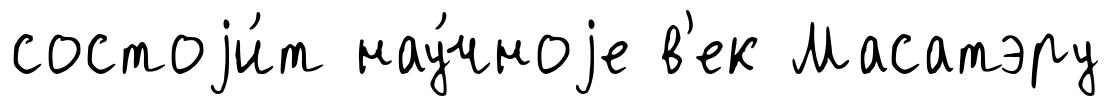
состоjи́т нау́чноjе в'ек Масатэру